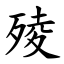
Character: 㱥